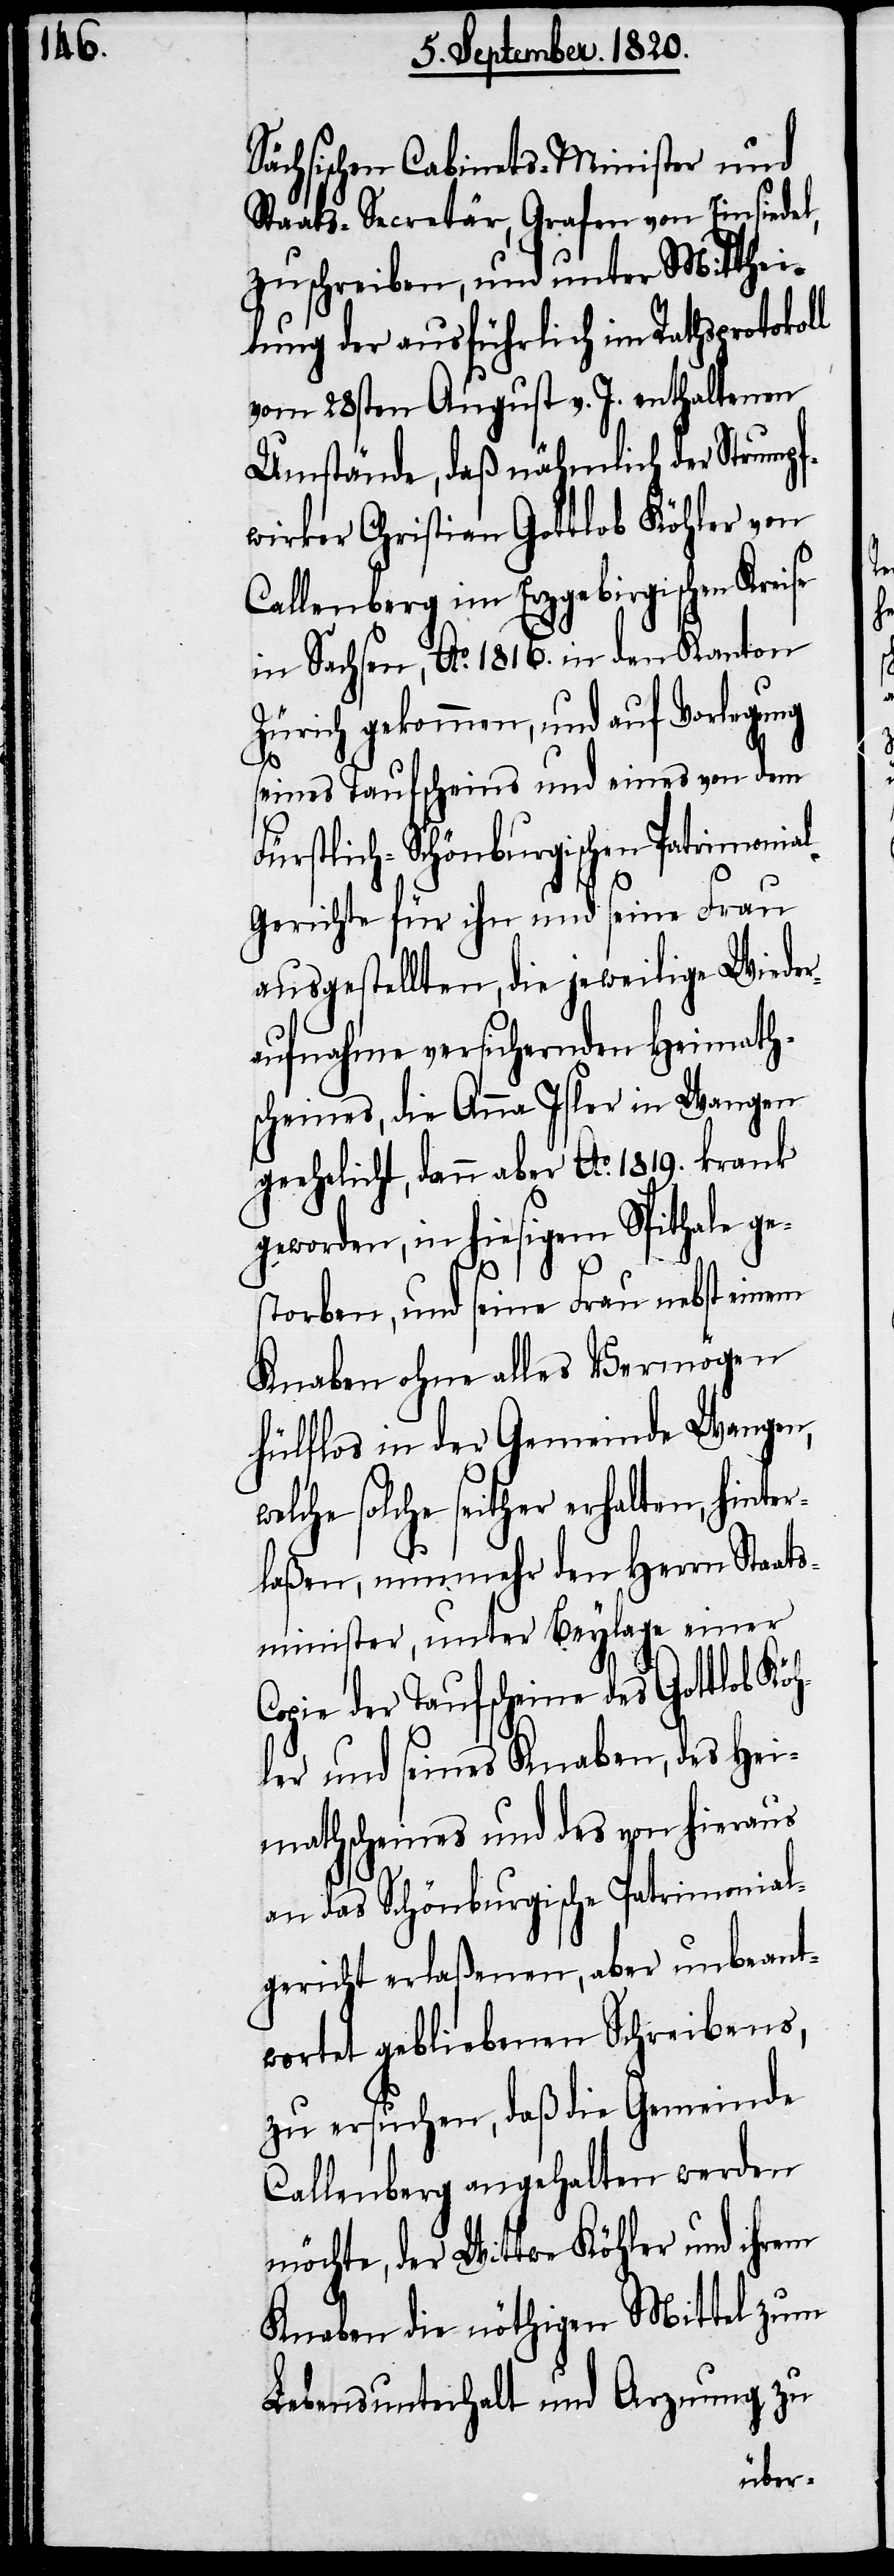
Sächsischen Cabinets-Minister und
Staats-Secretär, Grafen von Einsiedel,
zuschreiben, und unter Mitthei¬
lung der ausführlich im Rathsprotokol¬
vom 28sten August v. J. enthaltenen
Umstände, daß nähmlich der Strumpf¬
wirker Christian Gottlob Köhler von
Callenberg im Erzgebirgschen Kreise
in Sachsen, Ao. 1816. in den Kanton
Zürich gekommen, und auf Verlegung
l
seines Taufscheins und eines von dem
Fürstlich-Schönburgischen Patrimonia¬
l-Gerichte für ihn und seine Frau
ausgestellten, die jeweilige Wieder¬
aufnahme versichernden Heimath¬
scheines, die Anna Isler in Wangen
geehelicht, dann aber Ao. 1819. krank
geworden, in hiesigem Spithale ge¬
storben, und seine Frau nebst einem
Knaben ohne alles Vermögen
hülflos in der Gemeinde Wangen,
welche solche seither erhalten, hinter¬
laßen, nunmehr den Herrn Staat¬
sminister, unter Beilage einer
Copie der Taufscheine des Gottlob Kö¬
hler und seines Knaben, des Hei¬
mathscheines und des von hieraus
an das Schönburgische Patrimonial¬
gericht erlaßenen, aber unbeant¬
wortet gebliebenen Schreibens,
zu ersuchen, daß die Gemeinde
Callenberg angehalten werden
möchte, der Wittwe Köhler und ihrem
Knaben die nöthigen Mittel zum
Lebensunterhalt und Arznung zu